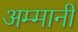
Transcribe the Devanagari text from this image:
अम्मानी